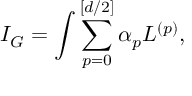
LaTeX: I _ { G } = \int \sum _ { p = 0 } ^ { [ d / 2 ] } \alpha _ { p } L ^ { ( p ) } ,